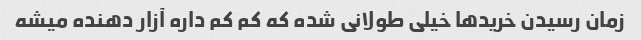
زمان رسیدن خریدها خیلی طولانی شده که کم کم داره آزار دهنده میشه